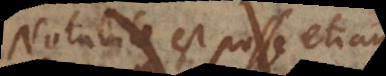
Notabile est posse etiam